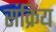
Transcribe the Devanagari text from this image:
संक्रिय